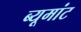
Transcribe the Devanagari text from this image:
ब्यूमांट